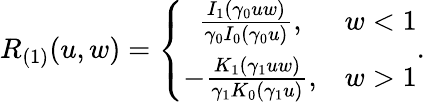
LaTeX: R_{(1)}(u,w)=\left\{ \begin{array}{cc}{\frac{I_{1}(\gamma_{0}uw)}{\gamma_{0}I_{0}(\gamma_{0}u)},}&{w<1}\\ {-\frac{K_{1}(\gamma_{1}uw)}{\gamma_{1}K_{0}(\gamma_{1}u)},}&{w>1}\end{array}\right..